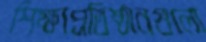
শিক্ষাপ্রতিষ্ঠানগুলো